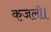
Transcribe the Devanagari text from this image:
कजली।